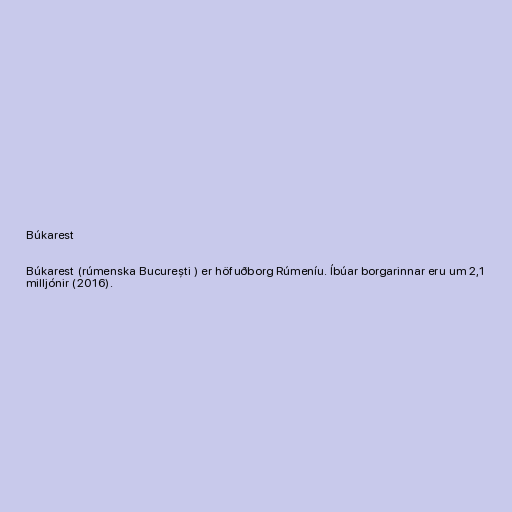
Búkarest

Búkarest (rúmenska București ) er höfuðborg Rúmeníu. Íbúar borgarinnar eru um 2,1
milljónir (2016).